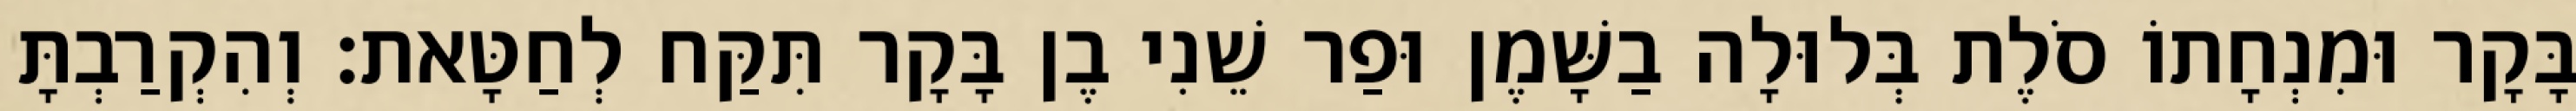
בָּקָר וּמִנְחָתוֹ סֹלֶת בְּלוּלָה בַשָּׁמֶן וּפַר שֵׁנִי בֶן בָּקָר תִּקַּח לְחַטָּאת׃ וְהִקְרַבְתָּ